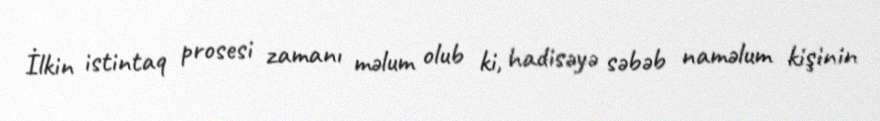
İlkin istintaq prosesi zamanı məlum olub ki, hadisəyə səbəb naməlum kişinin